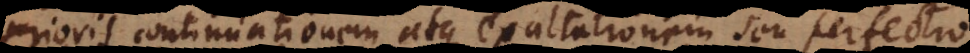
prioris continuationem atque exaltationem seu perfection